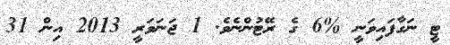
ޓީ ނަގާފައިވަނީ %6 ގެ ރޭޓުންނެވެ. 1 ޖަނަވަރީ 2013 އިން 31